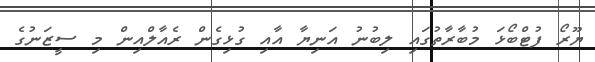
ޔޫރޯ ފުޓްބޯޅަ މުބާރާތުގައި ލިބުނު އަނިޔާ އާއި ގުޅިގެން ރެއާލްއިން މި ސީޒަނުގެ